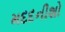
મદદનીશો